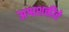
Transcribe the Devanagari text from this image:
अश्वशक्तीचे